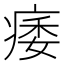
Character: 痿